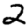
Digit: 2